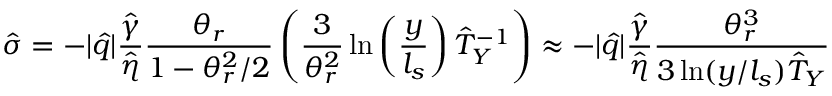
\hat { \sigma } = - | \hat { q } | \frac { \hat { \gamma } } { \hat { \eta } } \frac { \theta _ { r } } { 1 - \theta _ { r } ^ { 2 } / 2 } \left( \frac { 3 } { \theta _ { r } ^ { 2 } } \ln \left( \frac { y } { l _ { s } } \right) \hat { T } _ { Y } ^ { - 1 } \right) \approx - | \hat { q } | \frac { \hat { \gamma } } { \hat { \eta } } \frac { \theta _ { r } ^ { 3 } } { 3 \ln ( y / l _ { s } ) \hat { T } _ { Y } }